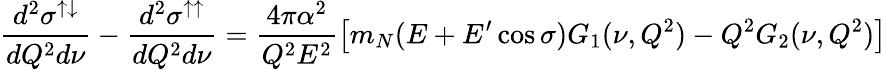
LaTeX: \frac{d^{2}\sigma^{\uparrow\downarrow}}{dQ^{2}d\nu}-\frac{d^{2}\sigma^{\uparrow\uparrow}}{dQ^{2}d\nu}=\frac{4\pi\alpha^{2}}{Q^{2}E^{2}}\left[m_{N}(E+E^{\prime}\cos\sigma)G_{1}(\nu,Q^{2})-Q^{2}G_{2}(\nu,Q^{2})\right]